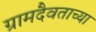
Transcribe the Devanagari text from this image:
ग्रामदैवताच्या